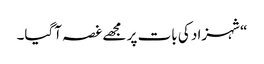
“شہزاد کی بات پر مجھے غصہ آگیا۔